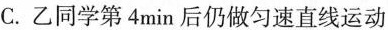
C.乙同学第4min后仍做匀速直线运动